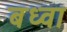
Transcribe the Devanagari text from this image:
बध्वा